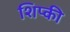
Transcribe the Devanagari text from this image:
शिप्की